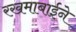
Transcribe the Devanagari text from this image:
रखमाबाईने